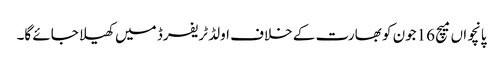
پانچواں میچ 16جون کو بھارت کے خلاف اولڈ ٹریفرڈ میں کھیلا جائے گا۔